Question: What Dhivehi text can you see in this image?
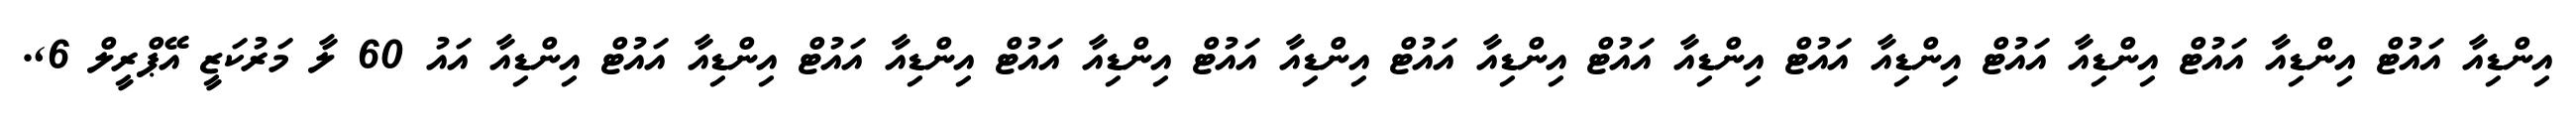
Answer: އިންޑިއާ އައުޓް އިންޑިއާ އައުޓް އިންޑިއާ އައުޓް އިންޑިއާ އައުޓް އިންޑިއާ އައުޓް އިންޑިއާ އައުޓް އިންޑިއާ އައުޓް އިންޑިއާ އައުޓް އިންޑިއާ އައުޓް އިންޑިއާ އައުޓް އިންޑިއާ އައު 60 ލާ މަރުކަޒީ އޭޕްރީލް 6,.